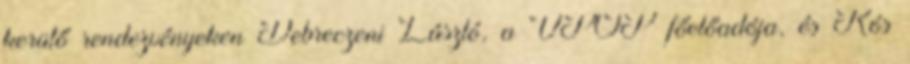
kerülő rendezvényeken Debreczeni László, a VPOP főelőadója, és Kós